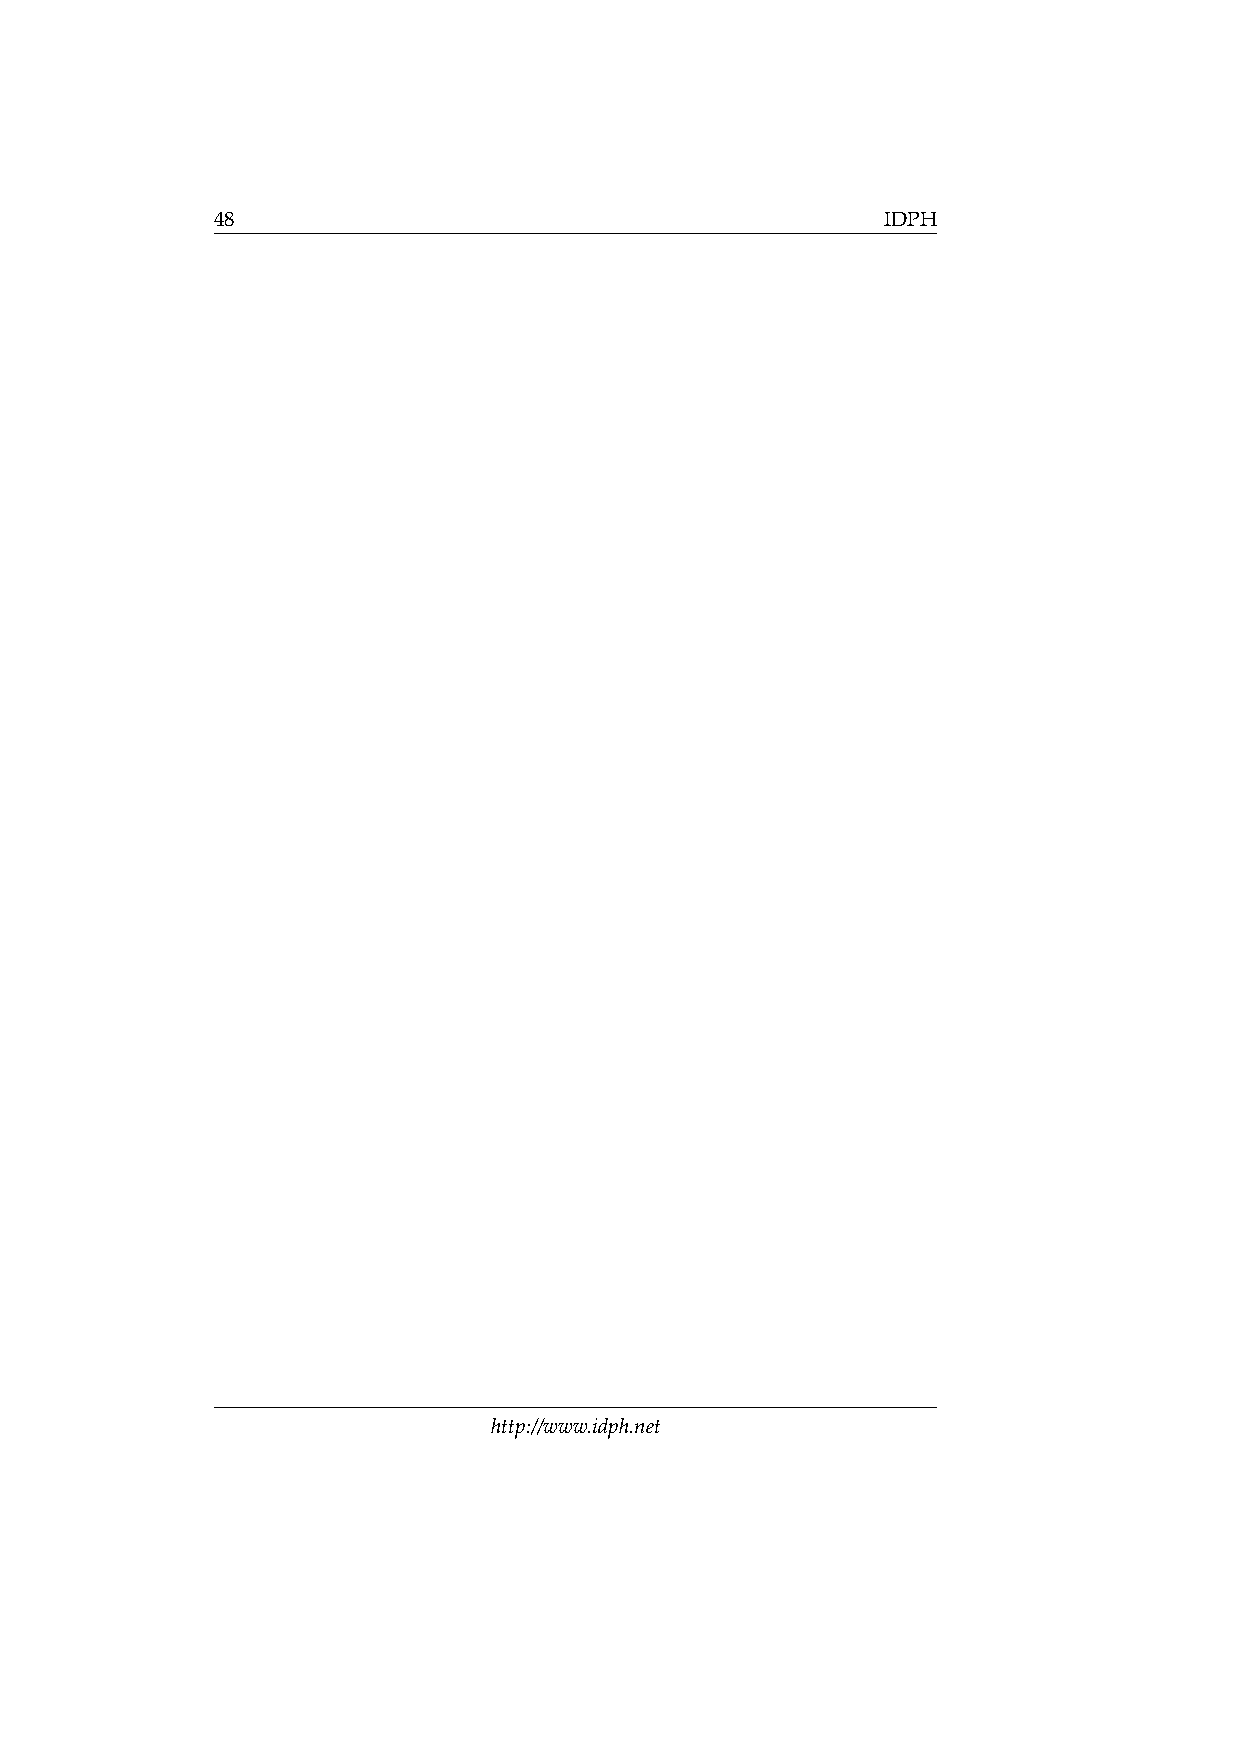
48                                           IDPH
 http://www.idph.net